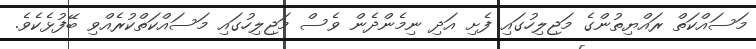
މަސައްކަތް ރައްޔިތުންގެ މަޖިލިހުގައި ފެށި އަދި ނިމެންދެން ވެސް މަޖިލިހުގައި މަސައްކަތްކުރެއްވި ބޭފުޅެކެވެ.